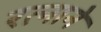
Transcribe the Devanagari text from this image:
रत्नाने